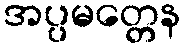
အပ္ပမတ္တေန